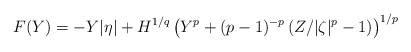
\begin{align*} F(Y)=-Y|\eta|+ H^{1/q}\left(Y^p+(p-1)^{-p}\left(Z/{|\zeta|^p}-1\right)\right)^{1/p}\end{align*}